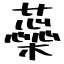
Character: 蘂